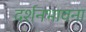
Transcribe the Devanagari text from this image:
दर्शनभावना